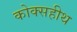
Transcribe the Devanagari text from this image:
कोक्सहीथ